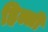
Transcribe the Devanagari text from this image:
हिल्ली